65_HS1-834228961_62-HQ-83894_Section_8
Agency: FBI
Page 112
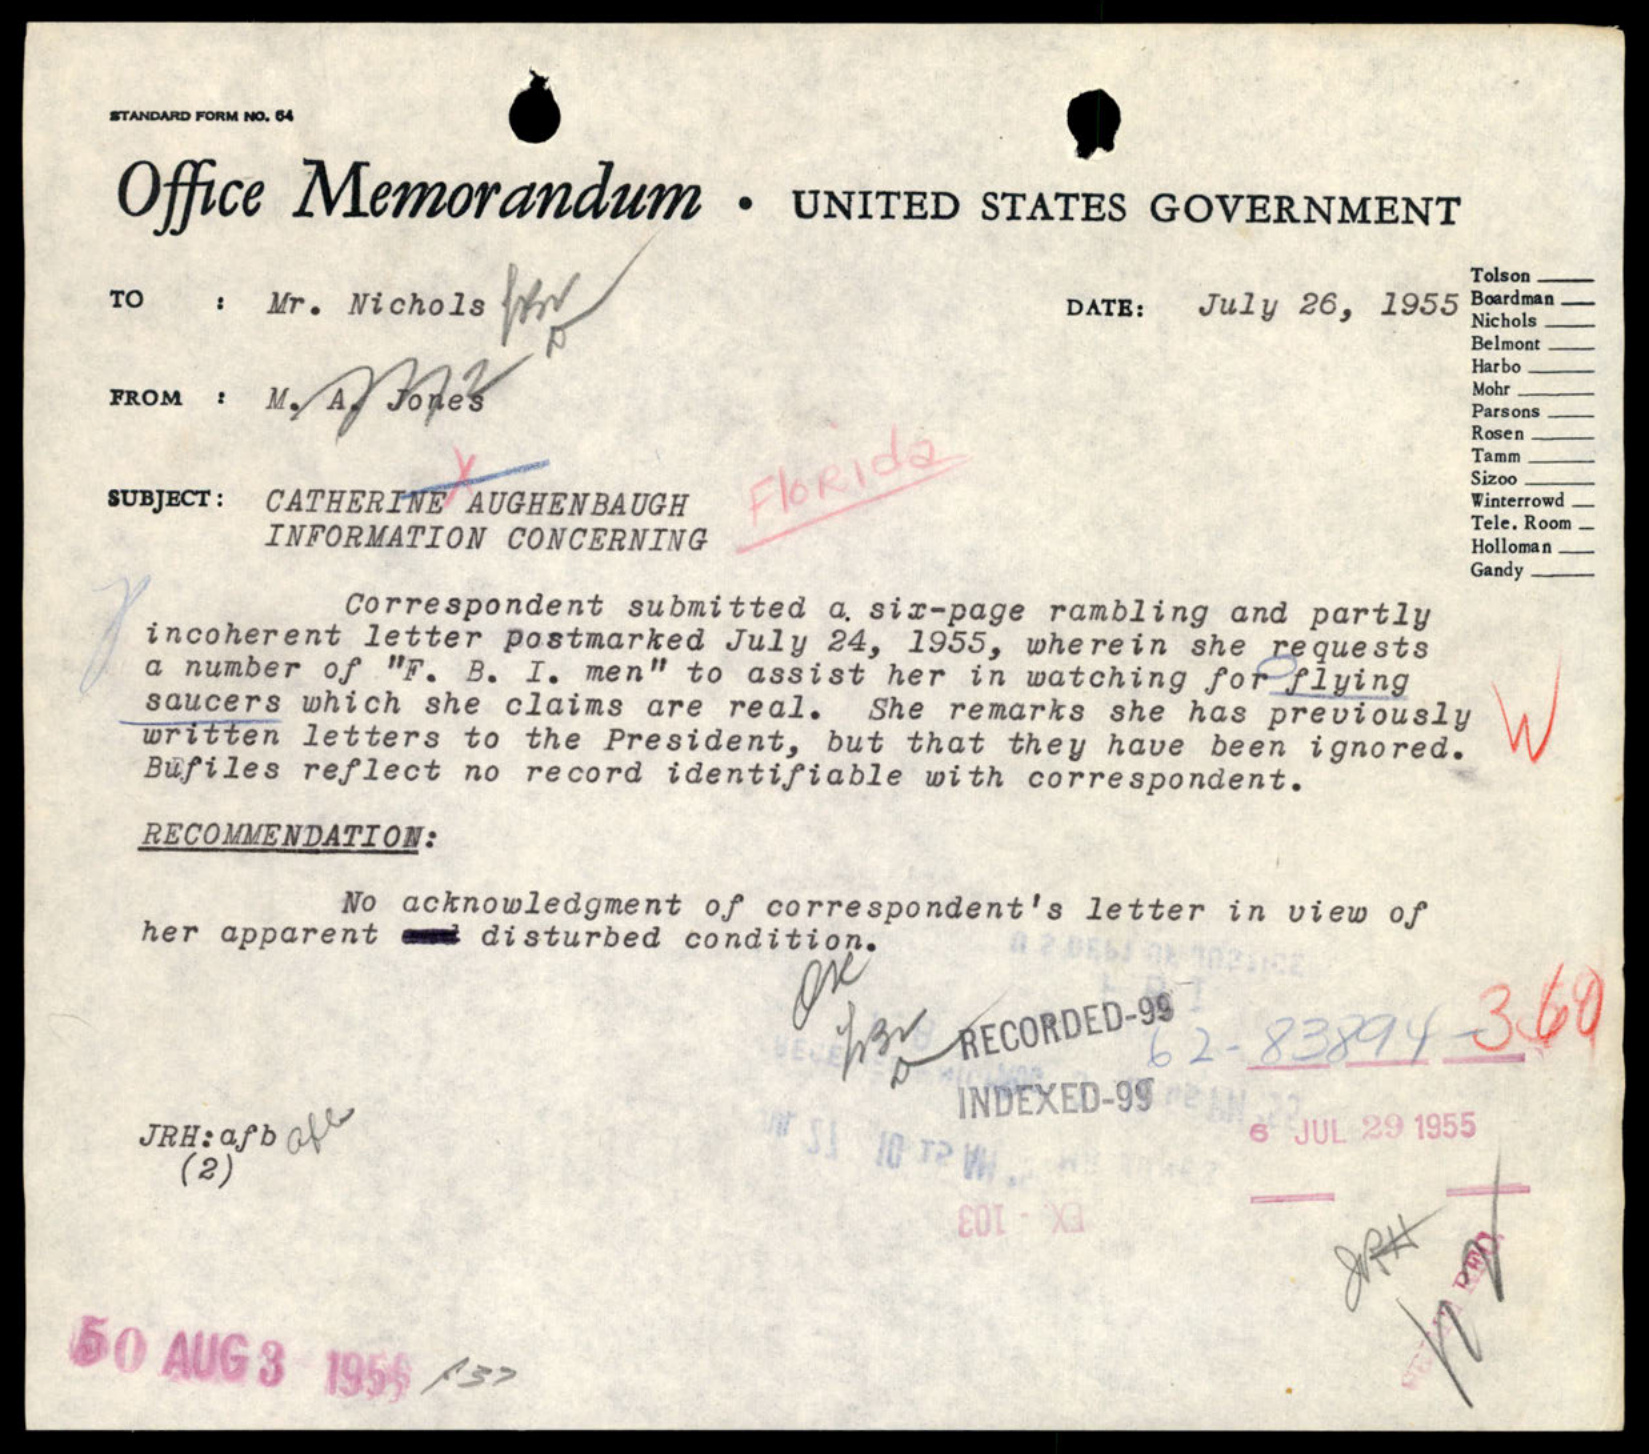